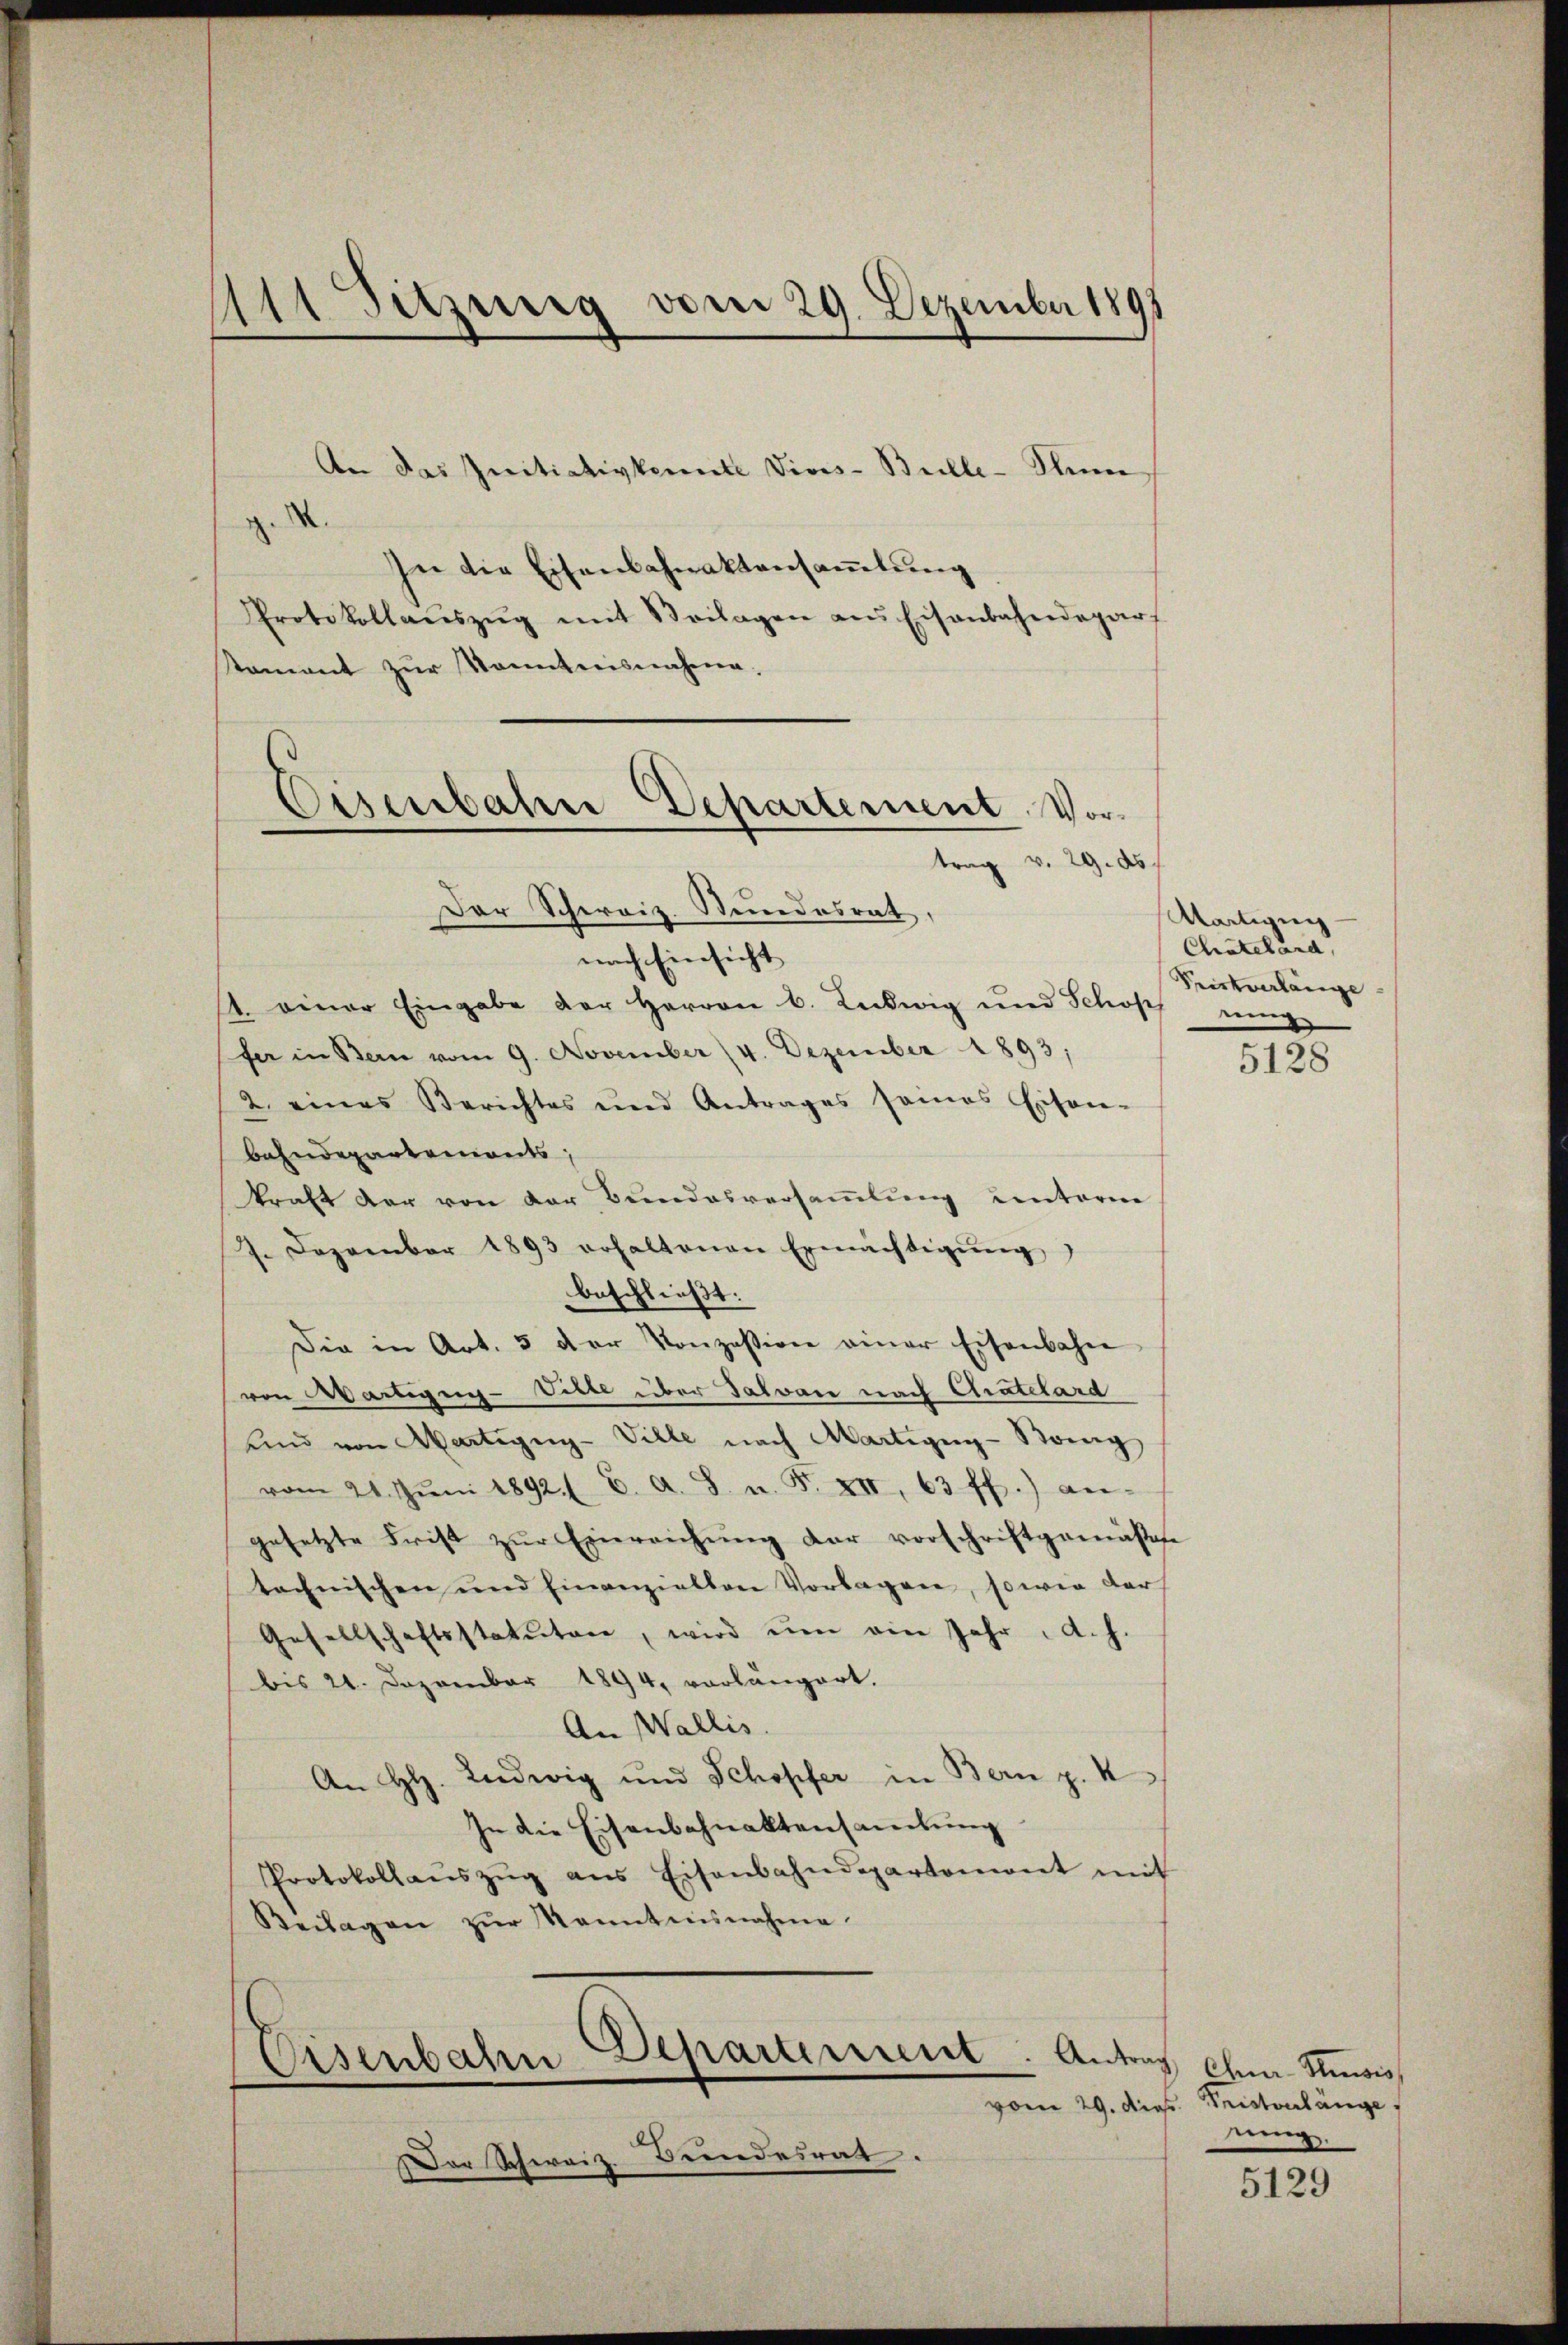
111 Sitzung vom 29. Dezember 1891

.
In die Eisenbahnaktensammlung
Protokollaŭszŭg mit Beilagen ans Eisenbahndepar
stament zur Kenntnisnahme.

An das Initiativkonnte Vioes-Bulle-Sum

Eisenbahne Departement. Vortrag v. 29. ds.
Der Schweiz. Stundesrat,

nach Einsicht
1. einer Eingabe der Herren B. Ludwig und Schöpf eing
fer in Bern vom 9. November (4. Dezember 1893;
2. eines Berichtes und Antrages sames Eisen-
bahndepartemonts,
kraft der von der Bundesversammlung unterm
7. Dezember 1893 erhaltenen Ermächtigŭng
beschließt:
Die in Art. 5 der Konzession einer Eisenbahn
von Wartigun-Ville über Talvare nach Chatelard
und von Martigny-Ville nach Martigny-Bog
vom 21. Jŭni 1892. (C. A. S. n. F. XII, 63 ff.) an-
gesetzte Frist zŭr Einreichung der vorschriftgemäße
technischen und Einanzielten Vorlagen, sowie der
Gesellschaftsstatuten, wird ŭm ein Jahr d. h.
bis 21. Dezember 1894, vorlängert.
An Wallis.
An Hl. Ludwig und Schopfer in Bern p. 4
In die Eisenbahnaktensamlung
Protokollaŭszŭg ans Eisenbahndepartemont mit
Beilagen zŭr Kenntnisnahme.

Eisenbahn Departement. Antrag ohne Revis

Der Schweiz. Bundesrat.

Wartigung
Chatelard,
Kristverlänge

5128

vom 29. die Fristverlänge
ung

5129